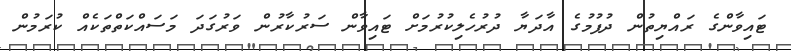
ޓައިވާންގެ ރައްޔިތުން ދުފުމުގެ އާދަޔާ ދުރުހެލިކުރުމަށް ޓައިވާން ސަރުކާރުން ވަރުގަދަ މަސައްކަތްތަކެއް ކުރަމުން